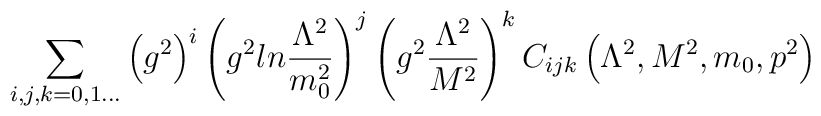
\sum_{i,j,k=0,1...}\left( g^2\right)^i\left( g^2ln{\Lambda^2\over m_0^2}\right)^j\left( g^2{\Lambda^2\over M^2}\right)^kC_{ijk}\left(\Lambda^2, M^2, m_0, p^2 \right)